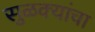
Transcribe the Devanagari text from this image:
सुळक्यांचा